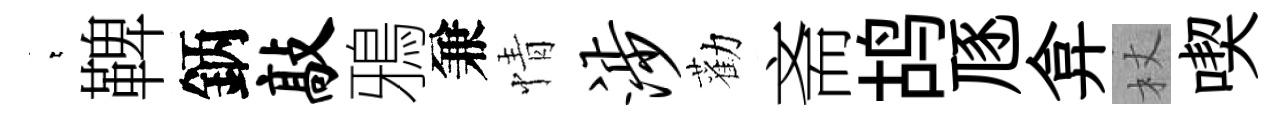
萋鞞鈵敲鴉兼情涉勸斋鸪豗弇杖喫